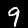
Label: 9